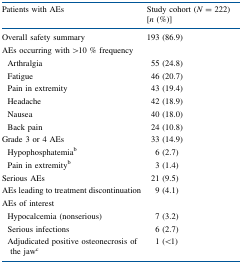
| Patients with AEs | Study cohort (N = 222) [n (%)] |
 | --- | --- |
 | Overall safety summary | 193 (86.9) |
 | AEs occurring with >10 % frequency |  |
 | Arthralgia | 55 (24.8) |
 | Fatigue | 46 (20.7) |
 | Pain in extremity | 43 (19.4) |
 | Headache | 42 (18.9) |
 | Nausea | 40 (18.0) |
 | Back pain | 24 (10.8) |
 | Grade 3 or 4 AEs | 33 (14.9) |
 | Hypophosphatemiab | 6 (2.7) |
 | Pain in extremityb | 3 (1.4) |
 | Serious AEs | 21 (9.5) |
 | AEs leading to treatment discontinuation | 9 (4.1) |
 | AEs of interest |  |
 | Hypocalcemia (nonserious) | 7 (3.2) |
 | Serious infections | 6 (2.7) |
 | Adjudicated positive osteonecrosis of the jawc | 1 (<1) |